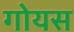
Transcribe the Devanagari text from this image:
गोयस